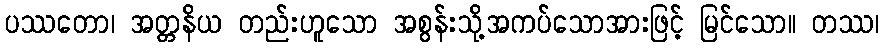
ပဿတော၊ အတ္တနိယ တည်းဟူသော အစွန်းသို့အကပ်သောအားဖြင့် မြင်သော။ တဿ၊